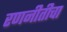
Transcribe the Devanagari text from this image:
रणनीतीचा